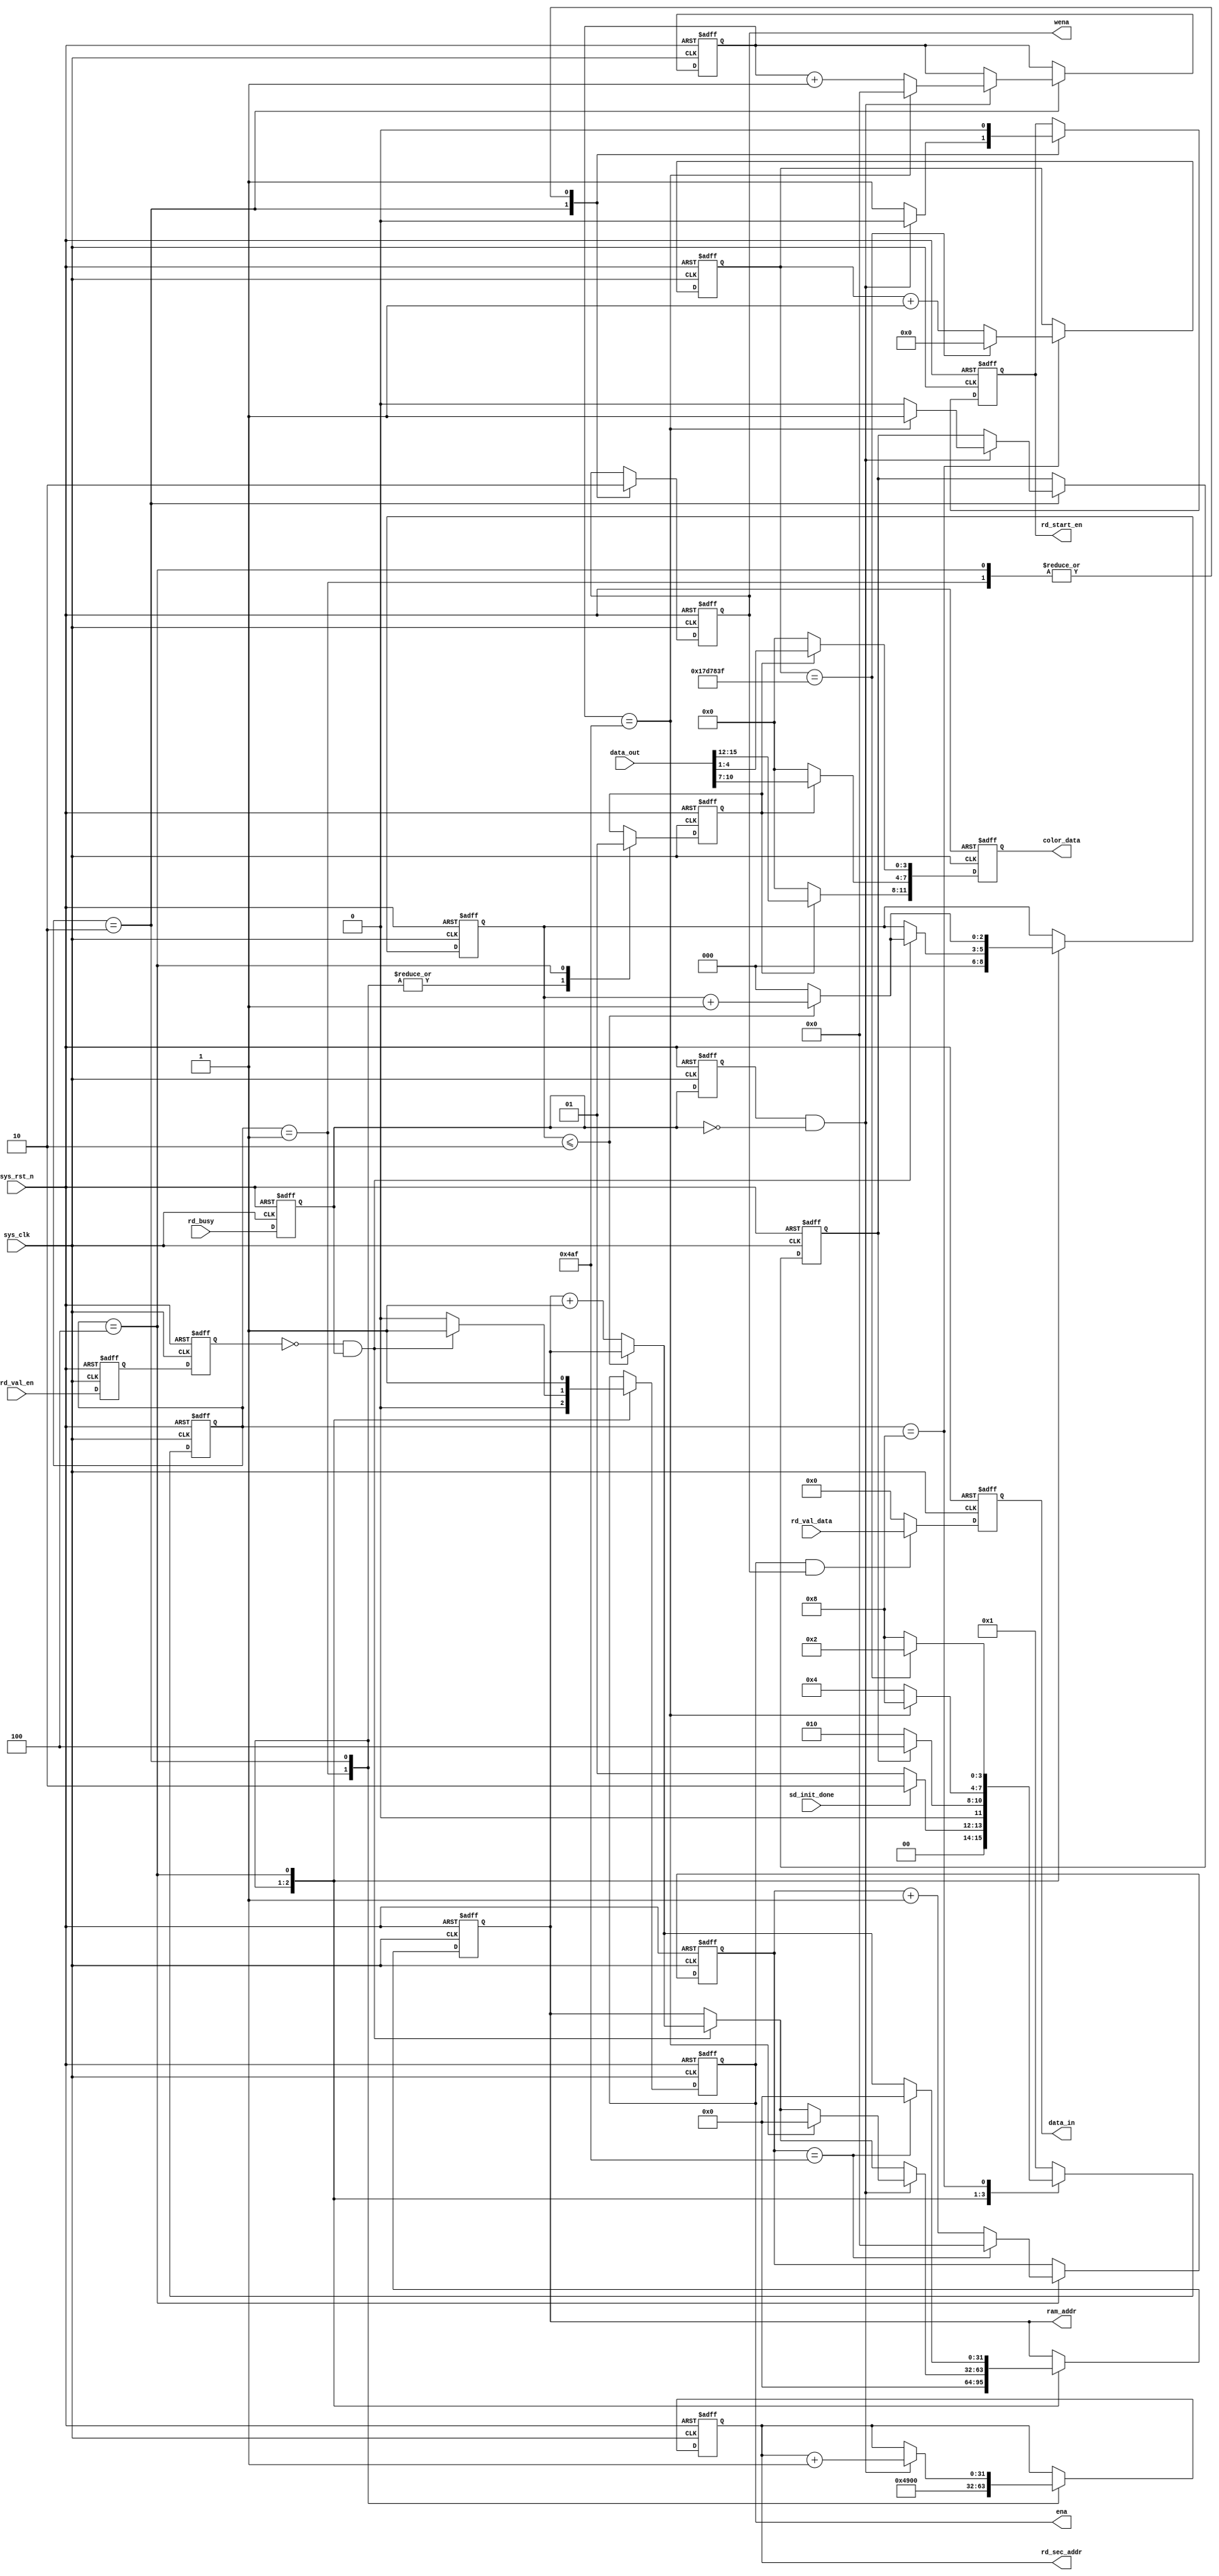
`timescale 1ns / 1ps
//////////////////////////////////////////////////////////////////////////////////
// Company: 
// Engineer: 
// 
// Design Name: 
// Module Name: sd_vga_control
// Project Name: 
// Target Devices: 
// Tool Versions: 
// Description: 
// 
// Dependencies: 
// 
// Revision:
// Revision 0.01 - File Created
// Additional Comments:
// 
//////////////////////////////////////////////////////////////////////////////////


module sd_vga_control(
    input sys_clk,
    input sys_rst_n,
    
    input sd_init_done,
    input rd_busy,
    input rd_val_en,
    input [15:0] rd_val_data,
    
    input [15:0] data_out,
    output reg rd_start_en,
    output reg [31:0] rd_sec_addr,
    output reg [15:0] data_in,
    output reg [11:0] color_data,
    
    output reg ena,
    output reg wena,
    output reg [31:0] ram_addr
    );
  
    parameter PHOTO_SECCTION_ADDR0 = 32'd18688;  // 
    //640*4805121200
    parameter  RD_SECTION_NUM  = 11'd1200    ;  //SD  
    //ram161200
    parameter  RD_RAM_NUM=11'd1200;             //ram
  
    //
    parameter power_wait =4'b0001;
    parameter read_sd    =4'b0010;
    parameter vga_out    =4'b0100;
    parameter vga_delay  =4'b1000;

    
    //rd_busy
    wire neg_busy;
    reg rd_busy_d0;
    reg rd_busy_d1;
    assign neg_busy=rd_busy_d1&&(~rd_busy_d0);
    always @(posedge sys_clk or negedge sys_rst_n)begin
        if(!sys_rst_n)begin
            rd_busy_d0<=1'b0;
            rd_busy_d1<=1'b0;
        end
        else begin
            rd_busy_d0<=rd_busy;
            rd_busy_d1<=rd_busy_d0;
        end
    end
    
    //rd_val_en
    wire pos_rd_en;
    reg rd_en_d0;
    reg rd_en_d1;
    assign pos_rd_en=(~rd_en_d1)&& rd_busy_d0;
        always @(posedge sys_clk or negedge sys_rst_n)begin
            if(!sys_rst_n)begin
                rd_en_d0<=1'b0;
                rd_en_d1<=1'b0;
            end
            else begin
                rd_en_d0<=rd_val_en;
                rd_en_d1<=rd_en_d0;
            end
        end
    
    
    reg [3:0] cur_state;
    reg [3:0] next_state;
    
    
    //
    always @(posedge sys_clk or negedge sys_rst_n)begin
        if(!sys_rst_n)
            cur_state<=power_wait;
        else
            cur_state<=next_state;
    end



    reg vga_en;
    reg sd_rd_finish;
    reg [11:0] rd_sec_cnt;
    reg [25:0] delay_cnt;
    
    
    //
    always @(*) begin
        next_state<=power_wait;
        case(cur_state)
            power_wait:begin
                if(sd_init_done)
                    next_state<=read_sd;
                else
                    next_state<=power_wait;
            end
            read_sd:begin
                if(sd_rd_finish)
                    next_state<=vga_out;
                else
                    next_state<=read_sd;          
            end
            vga_out:
                if(rd_sec_cnt == RD_SECTION_NUM - 11'b1)
                    next_state<=vga_delay;   
                else
                    next_state<=vga_out;

            vga_delay:begin
                if(delay_cnt==26'd25000000-26'd1)
                    next_state<=read_sd;
                else
                    next_state<=vga_delay;

            end
            default:
                next_state<=power_wait;
        endcase
    end
    
    
    //
    reg [11:0] rd_ram_cnt;
    reg [2:0] pos_rd_en_cnt;
    always @(posedge sys_clk or negedge sys_rst_n)begin
        if(!sys_rst_n) 
        begin
            rd_start_en<=1'b0;
            rd_sec_addr <= PHOTO_SECCTION_ADDR0;
            ena<=1'b0;
            wena<=1'b0;
            ram_addr<=32'd0;
            vga_en<=1'b0;
            rd_ram_cnt<=12'd0;
            rd_sec_cnt <= 12'd0;
            sd_rd_finish<=1'b0;
            delay_cnt<=26'd0;
            pos_rd_en_cnt<=3'd0;
        end
        else begin
            case(cur_state)
                power_wait:begin
                    rd_start_en<=1'b0;                           //SD0
                    rd_sec_addr <= PHOTO_SECCTION_ADDR0;         //SD
                    //ram
                    ena<=1'b0;
                    wena<=1'b0;                                 
                    ram_addr<=32'd0;
                    //vga
                    vga_en<=1'b0;
                    pos_rd_en_cnt<=3'd0;
                    
                end
               
                read_sd:begin
                       
                       //ram
                       wena<=1'b1;
                       if(pos_rd_en)begin
                           
                           if(pos_rd_en_cnt<=3'd2)
                               pos_rd_en_cnt<=pos_rd_en_cnt+3'd1;
                            else begin
                                pos_rd_en_cnt<=3'd0;
                                ram_addr<=ram_addr+32'd1;
                            end

                           ena<=1'b1;
                       end
                       else 
                           ena<=1'b0;

                        if(neg_busy)begin
                            rd_start_en<=1'b0;
                            rd_sec_cnt <= rd_sec_cnt + 11'd1;
                            rd_sec_addr<=rd_sec_addr+32'd1;
                            if(rd_sec_cnt == RD_SECTION_NUM - 11'b1) begin 
                                rd_sec_cnt <= 11'd0;
                                sd_rd_finish<=1'b1;
                                ram_addr<=32'd0;
                            end
                            else
                                sd_rd_finish<=1'b0; 
                        end
                        else
                            rd_start_en<=1'b1;


                       //vga
                       vga_en<=1'b0;
                                 
                end       
               
               vga_out:begin 
                   rd_start_en<=1'b0;
                   //ram
                   ena<=1'b1;
                   wena<=1'b0;
                   
                    //vga
                   vga_en<=1'b1;
                   rd_ram_cnt<=rd_ram_cnt+12'd1;
                   if(pos_rd_en_cnt<=3'd2)
                        pos_rd_en_cnt<=pos_rd_en_cnt+3'd1;
                    else begin
                        ram_addr<=ram_addr+32'd1;
                        pos_rd_en_cnt<=3'd0;
                    end

                   if(rd_ram_cnt==RD_RAM_NUM-32'd1) begin
                       rd_ram_cnt<=12'd0;
                       ram_addr<=32'd0;
                   end
               end

               vga_delay:begin
                   
                   if(delay_cnt==26'd25000000-26'd1)
                       delay_cnt<=26'd0;
                    else
                       delay_cnt<=delay_cnt+26'd1;
               end

               default:;
               
            endcase
        end
    
    end
    
//
always @(negedge sys_clk or negedge sys_rst_n)begin
    if(!sys_rst_n)begin 
        data_in<=16'd0;
    end
    else begin
    if(ena && wena)begin
        data_in<=rd_val_data;
    end
    else begin 
        data_in<=16'd0;
    end
    end
end 
//vga
always @(negedge sys_clk or negedge sys_rst_n)begin
    if(!sys_rst_n)begin 
        color_data<=12'd0;
    end
    else begin
    if(vga_en)begin
        color_data[11:8]<=data_out[15:12];
        color_data[7:4]<=data_out[10:7];
        color_data[3:0]<=data_out[4:1];
    end
    else begin 
        color_data<=12'd0;
    end
    end
end
   

endmodule